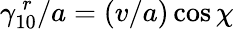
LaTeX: \gamma_{10}^{\, r}/a=(v/a)\cos\chi